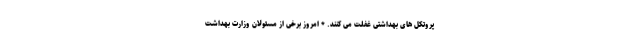
پروتکل های بهداشتی غفلت می کنند. * امروز برخی از مسئولان وزارت بهداشت